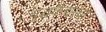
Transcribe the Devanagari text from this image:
युद्धकैद्यांचा